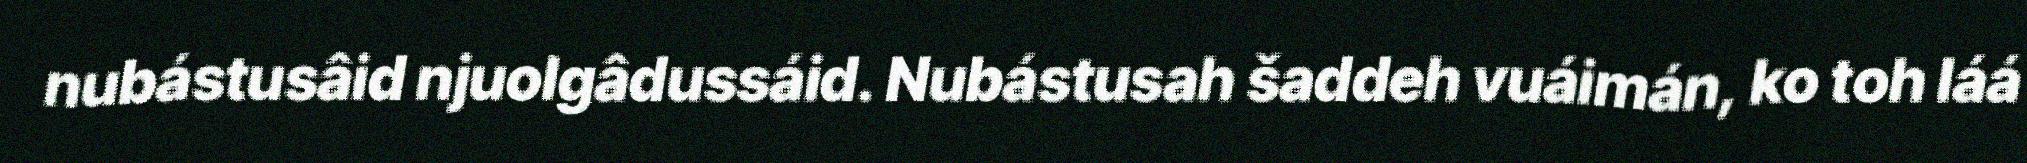
nubástusâid njuolgâdussáid. Nubástusah šaddeh vuáimán, ko toh láá